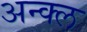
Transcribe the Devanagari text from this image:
अन्क्ल